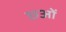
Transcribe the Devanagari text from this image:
छओं